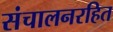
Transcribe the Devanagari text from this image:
संचालनरहित